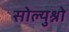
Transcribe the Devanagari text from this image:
सोल्युश्नो